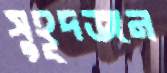
সুহূদজন